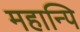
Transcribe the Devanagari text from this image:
महान्पि